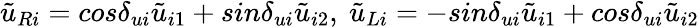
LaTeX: \tilde{u}_{Ri}=cos\delta_{ui}\tilde{u}_{i1}+sin\delta_{ui}\tilde{u}_{i2},~\tilde{u}_{Li}=-sin\delta_{ui}\tilde{u}_{i1}+cos\delta_{ui}\tilde{u}_{i2}